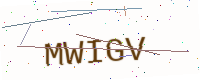
Text: MWIGV